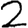
Digit: 2